Indian journal of veterinary science and animal husbandry - Volumes 18-21, 1948-1951
Year: 1948
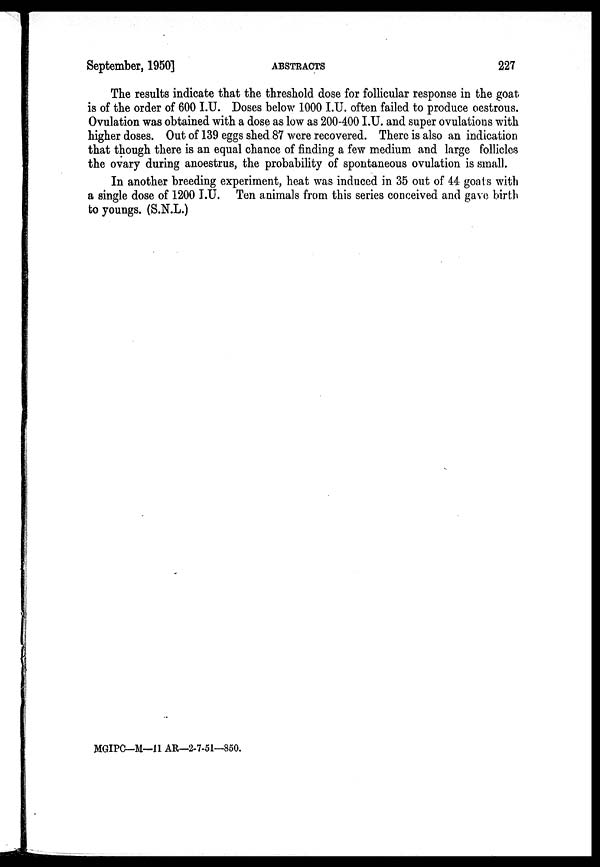
September, 1950]
ABSTRACTS
227
The results indicate that the threshold dose for follicular response in the goat
is of the order of 600 I.U. Doses below 1000 I.U. often failed to produce oestrous.
Ovulation was obtained with a dose as low as 200-400 I.U. and super ovulations with
higher doses. Out of 139 eggs shed.87 were recovered. There is also an indication
that though there is an equal chance of finding a few medium and large follicles
the ovary during anoestrus, the probability of spontaneous ovulation is small.
In another breeding experiment, heat was induced in 35 out of 44 goats with
a single dose of 1200 I.U. Ten animals from this series conceived and gave birth
to youngs. (S.N.L.)
MGIPC—M—11 AR—2-7-51—850.